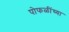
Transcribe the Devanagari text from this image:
पोफळींच्या